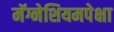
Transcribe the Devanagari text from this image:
मॅग्नेशियमपेक्षा